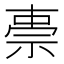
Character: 𮁸